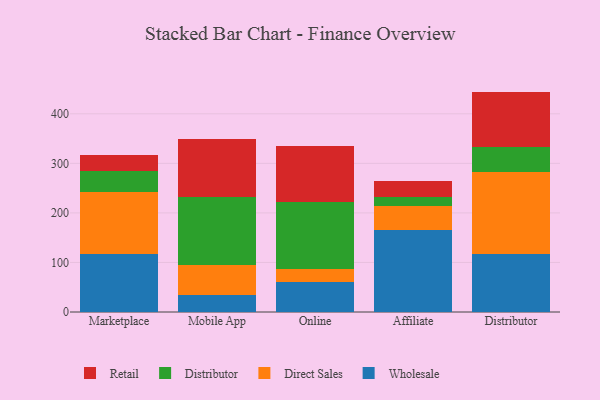
{"axis": {"x": "Channel", "y": "Humidity (%)"}, "legend": ["Direct Sales", "Distributor", "Retail", "Wholesale"], "data": [{"x": "Marketplace", "y": 116.2, "type": "Wholesale"}, {"x": "Marketplace", "y": 125.7, "type": "Direct Sales"}, {"x": "Marketplace", "y": 43.3, "type": "Distributor"}, {"x": "Marketplace", "y": 31.4, "type": "Retail"}, {"x": "Mobile App", "y": 33.8, "type": "Wholesale"}, {"x": "Mobile App", "y": 60.3, "type": "Direct Sales"}, {"x": "Mobile App", "y": 138.6, "type": "Distributor"}, {"x": "Mobile App", "y": 117.3, "type": "Retail"}, {"x": "Online", "y": 59.8, "type": "Wholesale"}, {"x": "Online", "y": 26.1, "type": "Direct Sales"}, {"x": "Online", "y": 136.5, "type": "Distributor"}, {"x": "Online", "y": 111.7, "type": "Retail"}, {"x": "Affiliate", "y": 164.5, "type": "Wholesale"}, {"x": "Affiliate", "y": 50.2, "type": "Direct Sales"}, {"x": "Affiliate", "y": 17.1, "type": "Distributor"}, {"x": "Affiliate", "y": 32.2, "type": "Retail"}, {"x": "Distributor", "y": 116.3, "type": "Wholesale"}, {"x": "Distributor", "y": 166.9, "type": "Direct Sales"}, {"x": "Distributor", "y": 49.5, "type": "Distributor"}, {"x": "Distributor", "y": 112.1, "type": "Retail"}]}